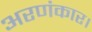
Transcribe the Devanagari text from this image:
अरणंकार।